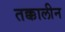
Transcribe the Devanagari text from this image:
तक्कालीन